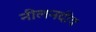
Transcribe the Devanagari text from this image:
नीलनदीय